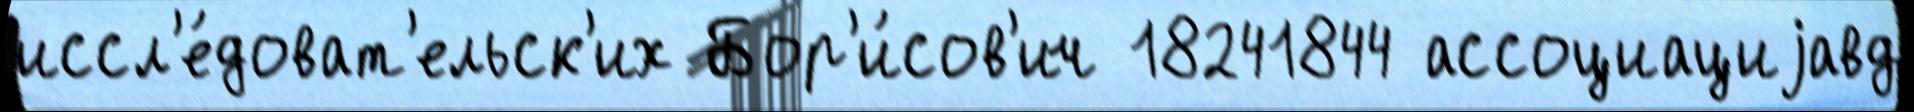
иссл'е́доват'ельск'их Бор'и́сов'ич 18241844 ассоциациjавд